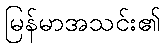
မြန်မာအသင်း၏